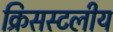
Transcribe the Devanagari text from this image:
क्रिसस्टलीय